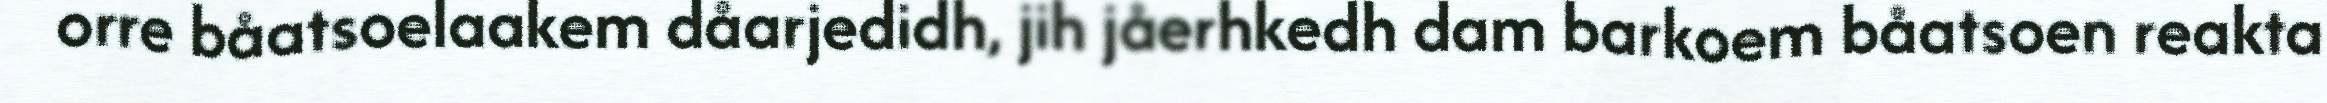
orre båatsoelaakem dåarjedidh, jih jåerhkedh dam barkoem båatsoen reakta